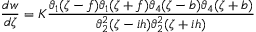
\frac { d w } { d \zeta } = K \frac { \vartheta _ { 1 } ( \zeta - f ) \vartheta _ { 1 } ( \zeta + f ) \vartheta _ { 4 } ( \zeta - b ) \vartheta _ { 4 } ( \zeta + b ) } { \vartheta _ { 2 } ^ { 2 } ( \zeta - i h ) \vartheta _ { 2 } ^ { 2 } ( \zeta + i h ) }